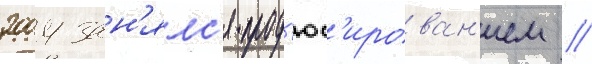
2004 зан'ялс'я прод'юс'ирован'ием //